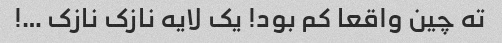
ته چین واقعا کم بود! یک لایه نازک نازک …!